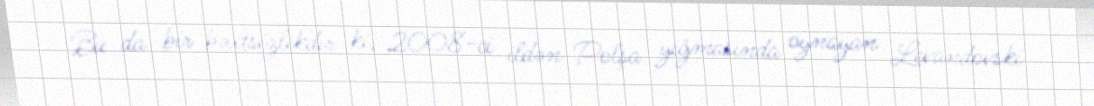
Bu da bir bəxtsizlikdir ki, 2008-ci ildən Polşa yığmasında oynayan Levandovski